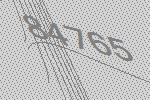
84765